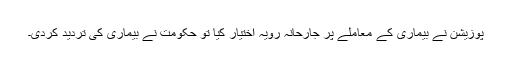
پوزیشن نے بیماری کے معاملے پر جارحانہ رویہ اختیار کیا تو حکومت نے بیماری کی تردید کردی۔